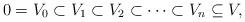
LaTeX: \begin{align*}0=V_0\subset V_1 \subset V_2\subset\cdots\subset V_n\subseteq V,\end{align*}